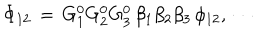
\Phi _ { 1 2 } \, = \, G _ { 1 } ^ { 0 } G _ { 2 } ^ { 0 } G _ { 3 } ^ { 0 } \, \beta _ { 1 } \beta _ { 2 } \beta _ { 3 } \, \phi _ { 1 2 } , \, \cdots